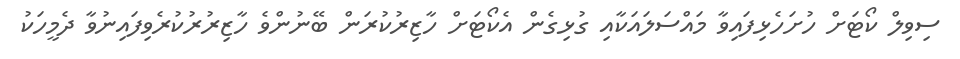
ސިވިލް ކޯޓަށް ހުށަހެޅިފައިވާ މައްސަލައަކާއި ގުޅިގެން އެކޯޓަށް ހާޒިރުކުރަން ބޭނުންވެ ހާޒިރުރުކުރެވިފައިނުވާ ދެމީހަކު